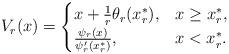
LaTeX: \begin{align*}V_r(x) = \begin{cases}x + \frac{1}{r}\theta_r(x_r^\ast), &x\geq x_r^\ast,\\\frac{\psi_r(x)}{\psi_r'(x_r^\ast)}, &x<x_r^\ast.\end{cases}\end{align*}